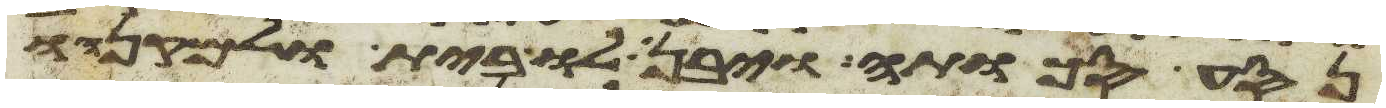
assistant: נסע סכותה ויבן לו בית ולמקנהו